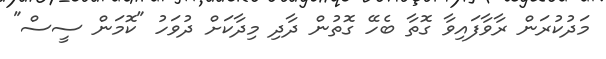
މަދުކުރަން ރާވާފައިވާ ގޮތާ ބެހޭ ގޮތުން ދާދި މިދާކަށް ދުވަހު "ކޮމަން ސީސް"